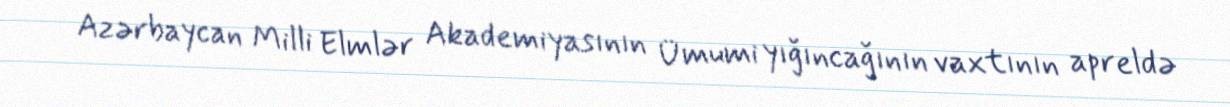
Azərbaycan Milli Elmlər Akademiyasının Ümumi yığıncağının vaxtının apreldə